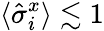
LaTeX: \langle\hat{\sigma}_{i}^{x}\rangle\lesssim 1